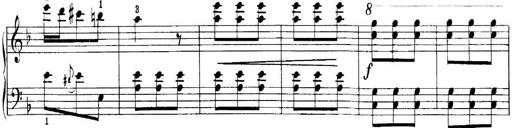
Title: Quatres sonatines
Composer: Tadeusz Joteyko